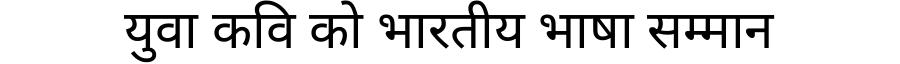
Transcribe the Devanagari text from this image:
युवा कवि को भारतीय भाषा सम्मान